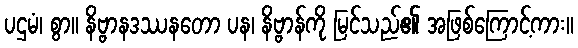
ပဌမံ၊ စွာ။ နိဗ္ဗာနဒဿနတော ပန၊ နိဗ္ဗာန်ကို မြင်သည်၏ အဖြစ်ကြောင့်ကား။